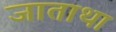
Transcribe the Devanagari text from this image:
जाताथा